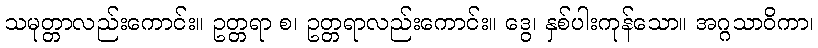
သမုတ္တာလည်းကောင်း။ ဥတ္တရာ စ၊ ဥတ္တရာလည်းကောင်း။ ဒွေ၊ နှစ်ပါးကုန်သော။ အဂ္ဂသာဝိကာ၊